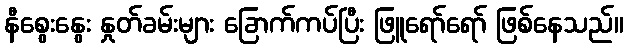
နီစွေးနွေး နှုတ်ခမ်းများ ခြောက်ကပ်ပြီး ဖြူရော်ရော် ဖြစ်နေသည်။